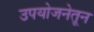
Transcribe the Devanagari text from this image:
उपयोजनेतून